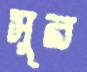
সুর